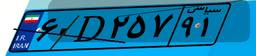
۵۲D۳۲۱۴۷